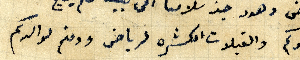
يقبلوكم والقبلات الكثره لرياض ودمتم لوالدكم